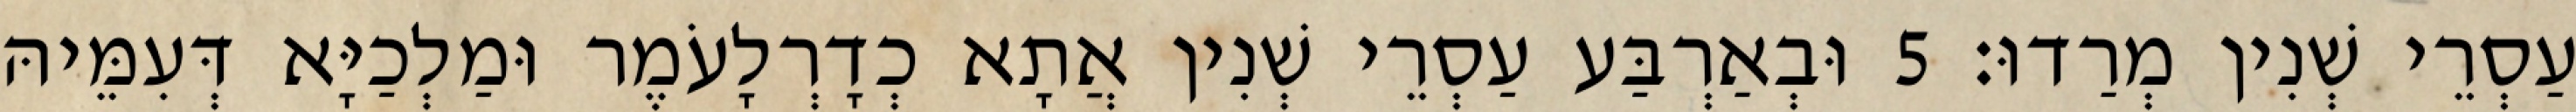
עַסְרֵי שְׁנִין מְרַדוּ׃ 5 וּבְאַרְבַּע עַסְרֵי שְׁנִין אֲתָא כְדָרְלָעֹמֶר וּמַלְכַיָּא דְּעִמֵּיהּ